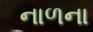
નાળના